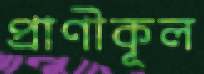
প্রাণীকূল